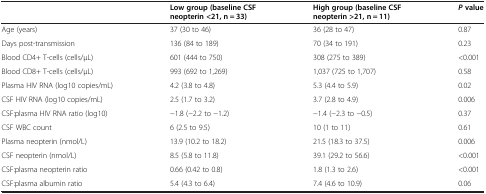
|  | Low group (baseline CSF neopterin <21, n = 33) | High group (baseline CSF neopterin >21, n = 11) | Pvalue |
 | --- | --- | --- | --- |
 | Age (years) | 37 (30 to 46) | 36 (28 to 47) | 0.87 |
 | Days post-transmission | 136 (84 to 189) | 70 (34 to 191) | 0.23 |
 | Blood CD4+ T-cells (cells/μL) | 601 (444 to 750) | 308 (275 to 389) | <0.001 |
 | Blood CD8+ T-cells (cells/μL) | 993 (692 to 1,269) | 1,037 (725 to 1,707) | 0.58 |
 | Plasma HIV RNA (log10 copies/mL) | 4.2 (3.8 to 4.8) | 5.3 (4.4 to 5.9) | 0.02 |
 | CSF HIV RNA (log10 copies/mL) | 2.5 (1.7 to 3.2) | 3.7 (2.8 to 4.9) | 0.006 |
 | CSF:plasma HIV RNA ratio (log10) | −1.8 (−2.2 to −1.2) | −1.4 (−2.3 to −0.5) | 0.37 |
 | CSF WBC count | 6 (2.5 to 9.5) | 10 (1 to 11) | 0.61 |
 | Plasma neopterin (nmol/L) | 13.9 (10.2 to 18.2) | 21.5 (18.3 to 37.5) | 0.006 |
 | CSF neopterin (nmol/L) | 8.5 (5.8 to 11.8) | 39.1 (29.2 to 56.6) | <0.001 |
 | CSF:plasma neopterin ratio | 0.66 (0.42 to 0.8) | 1.8 (1.3 to 2.6) | <0.001 |
 | CSF:plasma albumin ratio | 5.4 (4.3 to 6.4) | 7.4 (4.6 to 10.9) | 0.06 |